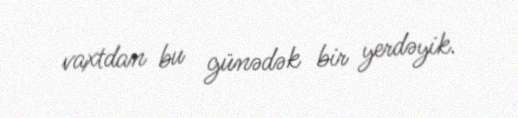
vaxtdan bu günədək bir yerdəyik.